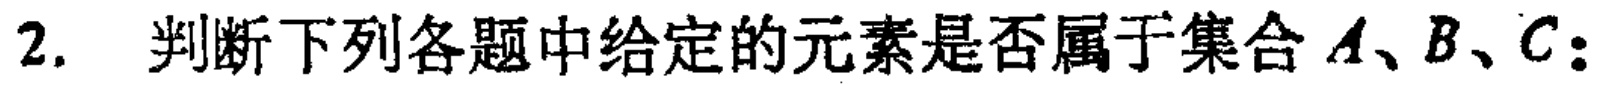
2. 判断下列各题中给定的元素是否属于集合\(A、B、C\)：